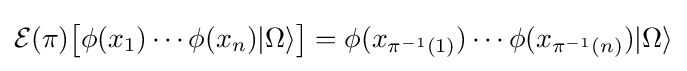
{\mathcal {E}}(\pi ){\big [}\phi (x_{1})\cdots \phi (x_{n})|\Omega \rangle {\big ]}=\phi (x_{\pi ^{-1}(1)})\cdots \phi (x_{\pi ^{-1}(n)})|\Omega \rangle